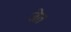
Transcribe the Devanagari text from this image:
जेत